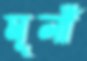
মূলী